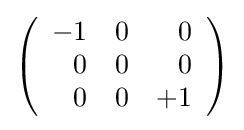
\left({\begin{array}{rrr}-1&0&0\\0&0&0\\0&0&+1\end{array}}\right)